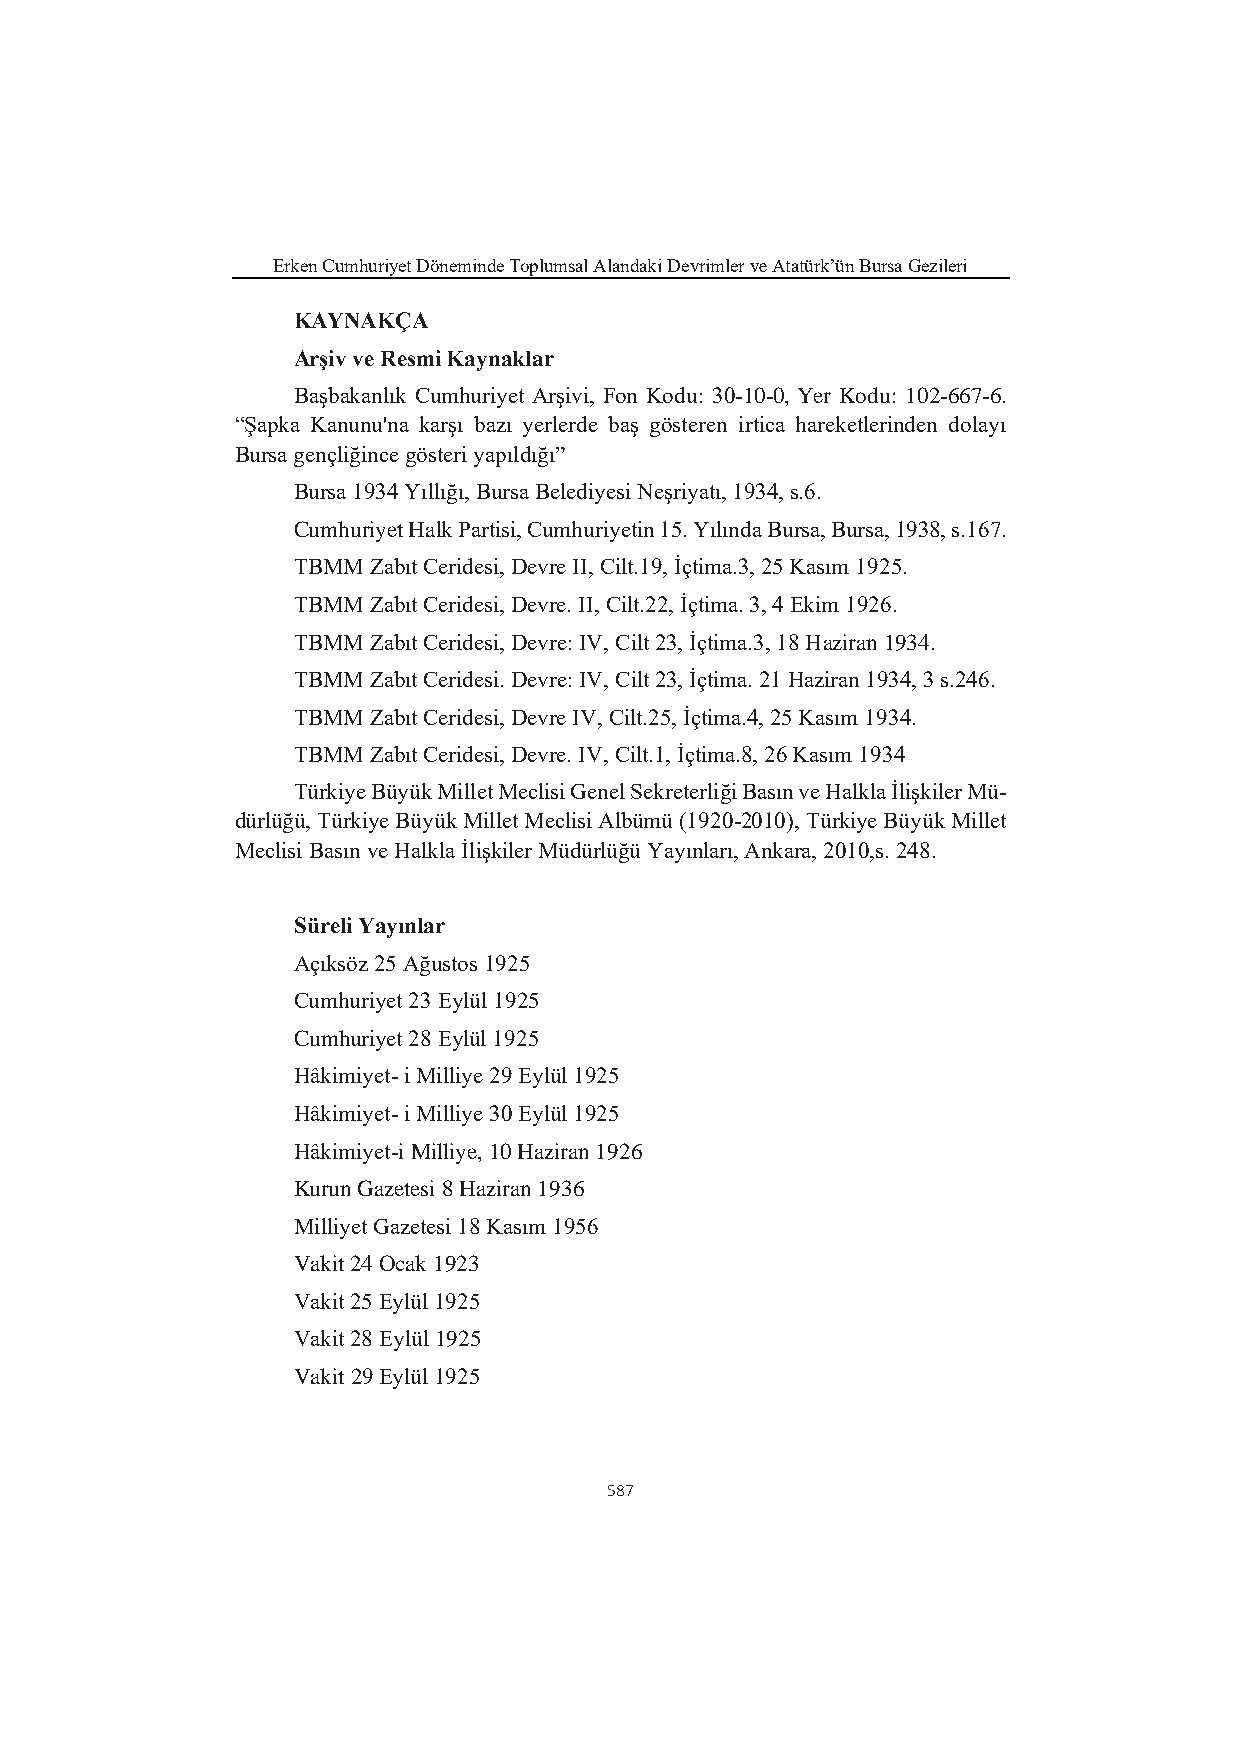
Erken Cumhuriyet Döneminde Toplumsal Alandaki Devrimler ve Atatürk’ün Bursa Gezileri
 KAYNAKÇA
 Arşiv ve Resmi Kaynaklar
 Başbakanlık Cumhuriyet Arşivi, Fon Kodu: 30-10-0, Yer Kodu: 102-667-6.
 “Şapka Kanunu'na karşı bazı yerlerde baş gösteren irtica hareketlerinden dolayı
 Bursa gençliğince gösteri yapıldığı”
 Bursa 1934 Yıllığı, Bursa Belediyesi Neşriyatı, 1934, s.6.
 Cumhuriyet Halk Partisi, Cumhuriyetin 15. Yılında Bursa, Bursa, 1938, s.167.
 TBMM  Zabıt Ceridesi, Devre II, Cilt.19, İçtima.3, 25 Kasım 1925.
 TBMM  Zabıt Ceridesi, Devre. II, Cilt.22, İçtima. 3, 4 Ekim 1926.
 TBMM  Zabıt Ceridesi, Devre: IV, Cilt 23, İçtima.3, 18 Haziran 1934.
 TBMM  Zabıt Ceridesi. Devre: IV, Cilt 23, İçtima. 21 Haziran 1934, 3 s.246.
 TBMM  Zabıt Ceridesi, Devre IV, Cilt.25, İçtima.4, 25 Kasım 1934.
 TBMM  Zabıt Ceridesi, Devre. IV, Cilt.1, İçtima.8, 26 Kasım 1934
 Türkiye Büyük Millet Meclisi Genel Sekreterliği Basın ve Halkla İlişkiler Mü-
 dürlüğü, Türkiye Büyük Millet Meclisi Albümü (1920-2010), Türkiye Büyük Millet
 Meclisi Basın ve Halkla İlişkiler Müdürlüğü Yayınları, Ankara, 2010,s. 248.
 Süreli Yayınlar
 Açıksöz 25 Ağustos 1925
 Cumhuriyet 23 Eylül 1925
 Cumhuriyet 28 Eylül 1925
 Hâkimiyet- i Milliye 29 Eylül 1925
 Hâkimiyet- i Milliye 30 Eylül 1925
 Hâkimiyet-i Milliye, 10 Haziran 1926
 Kurun Gazetesi 8 Haziran 1936
 Milliyet Gazetesi 18 Kasım 1956
 Vakit 24 Ocak 1923
 Vakit 25 Eylül 1925
 Vakit 28 Eylül 1925
 Vakit 29 Eylül 1925
 587